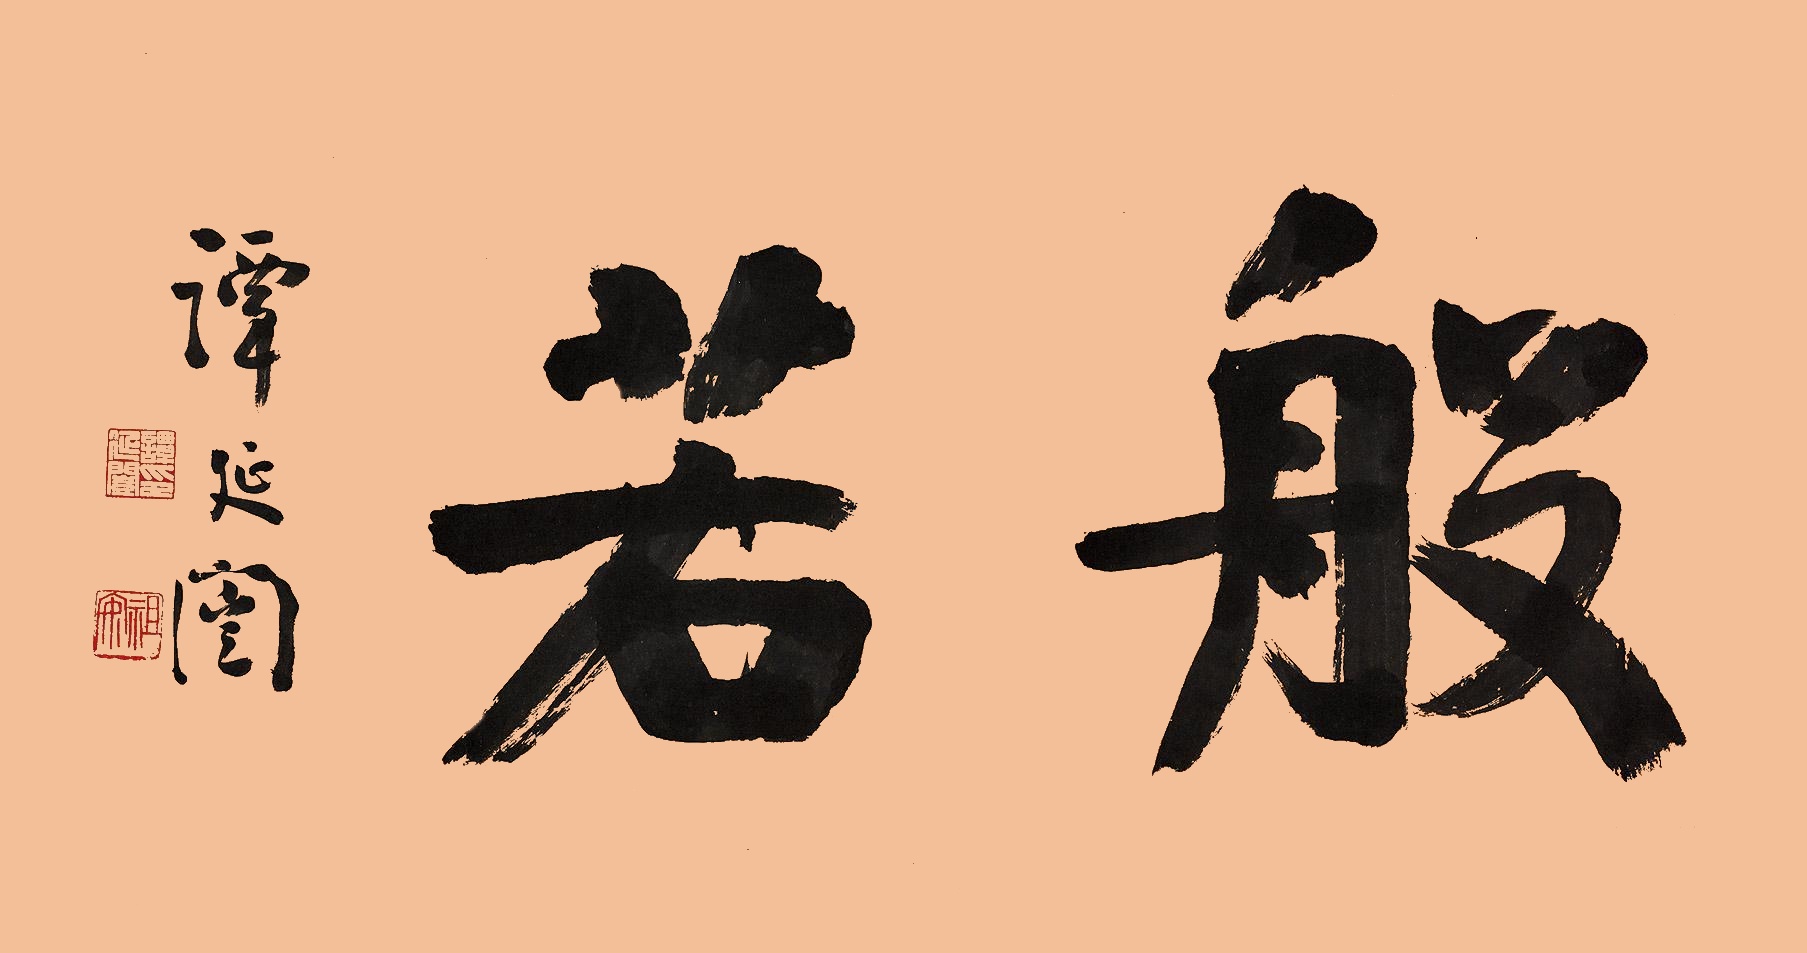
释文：般若。谭延闿。